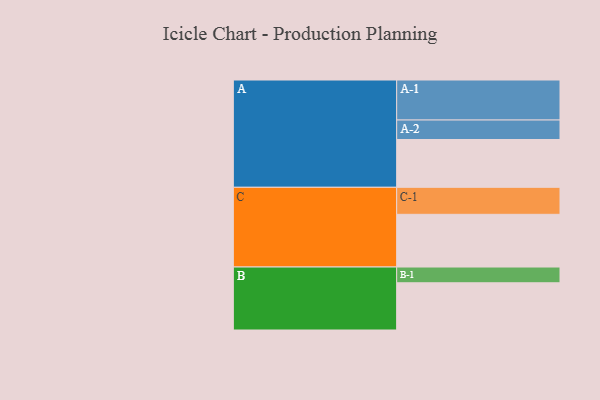
{"axis": {"x": "Segment", "y": "Value"}, "legend": ["", "A", "B", "C"], "data": [{"x": "A", "y": 331, "type": ""}, {"x": "B", "y": 327, "type": ""}, {"x": "C", "y": 365, "type": ""}, {"x": "A-1", "y": 277, "type": "A"}, {"x": "A-2", "y": 135, "type": "A"}, {"x": "B-1", "y": 109, "type": "B"}, {"x": "C-1", "y": 187, "type": "C"}]}